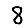
Digit: 8